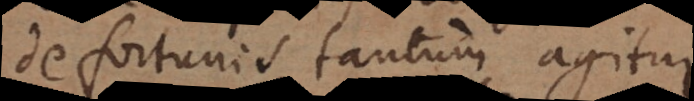
de fortunis tantum agitur